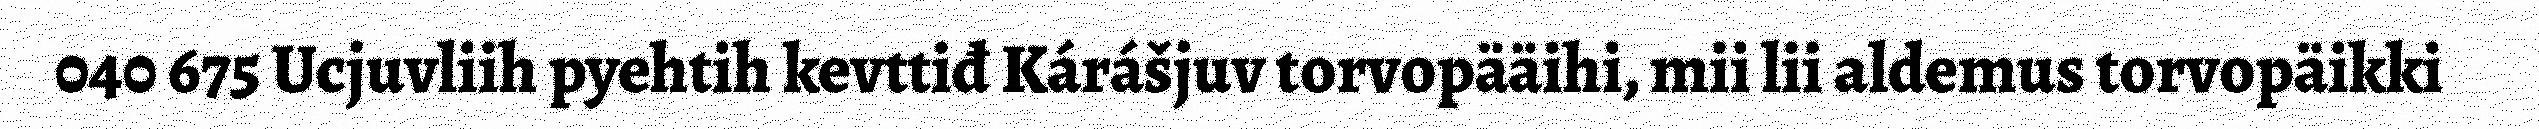
040 675 Ucjuvliih pyehtih kevttiđ Kárášjuv torvopääihi, mii lii aldemus torvopäikki